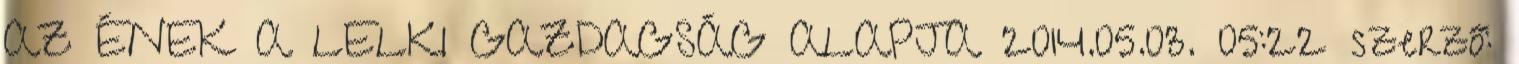
AZ ÉNEK A LELKI GAZDAGSÁG ALAPJA 2014.05.03. 05:22 szerző: